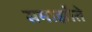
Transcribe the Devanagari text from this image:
समाझौते